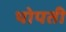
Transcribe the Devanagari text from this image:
थोपती